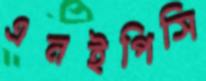
এনইপিসি